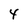
Character: 4